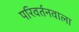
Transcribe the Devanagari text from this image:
परिवर्तनवाला